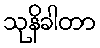
သုနိခါတာ